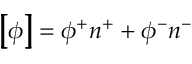
\left[ \! \! \left[ \phi \right] \! \! \right] = \phi ^ { + } n ^ { + } + \phi ^ { - } n ^ { - }